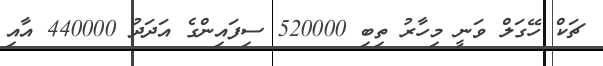
ޗަކް ހޭގަލް ވަނީ މިހާރު ތިބި 520000 ސިފައިންގެ އަދަދު 440000 އާއި